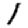
Digit: 1